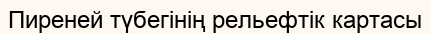
Пиреней түбегінің рельефтік картасы